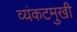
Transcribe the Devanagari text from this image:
व्यंकटमुखी